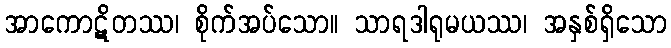
အာကောဋိတဿ၊ စိုက်အပ်သော။ သာရဒါရုမယဿ၊ အနှစ်ရှိသော